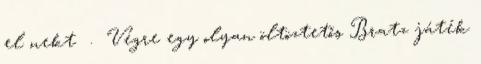
el nekt . Végre egy olyan öltöztetős Bratz játék